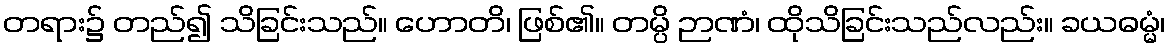
တရား၌ တည်၍ သိခြင်းသည်။ ဟောတိ၊ ဖြစ်၏။ တမ္ပိ ဉာဏံ၊ ထိုသိခြင်းသည်လည်း။ ခယဓမ္မံ၊